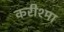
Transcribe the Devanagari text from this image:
करीश्मा